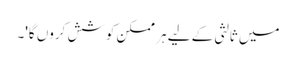
میں ثالثی کے لیے ہر ممکن کوشش کروں گا'۔